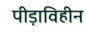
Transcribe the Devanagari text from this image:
पीड़ाविहीन